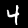
Label: 4